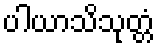
ပါယာသိသုတ္တံ